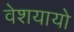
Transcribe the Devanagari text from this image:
वेशयायो